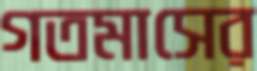
গতমাসের